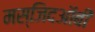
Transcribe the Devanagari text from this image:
मस्जिदऑबी